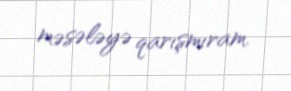
məsələyə qarışmıram.